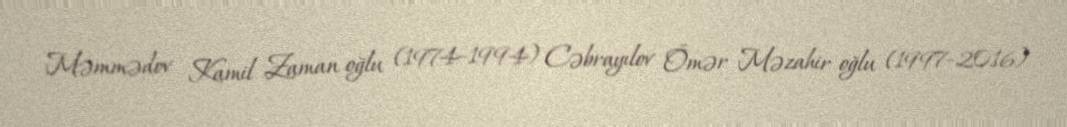
Məmmədov Kamil Zaman oğlu (1974–1994) Cəbrayılov Ömər Məzahir oğlu (1997–2016)